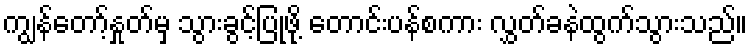
ကျွန်တော့်နှုတ်မှ သွားခွင့်ပြုဖို့ တောင်းပန်စကား လွှတ်ခနဲထွက်သွားသည်။